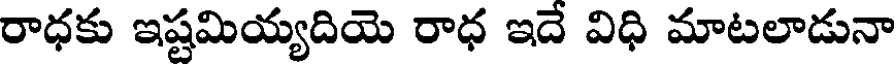
రాధకు ఇష్టమియ్యదియె రాధ ఇదే విధి మాటలాడునా